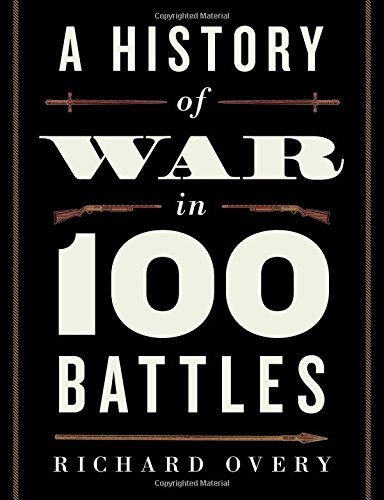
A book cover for A History of War in 100 Battles; Richard Overy; Arts & Photography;